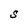
Character: S